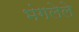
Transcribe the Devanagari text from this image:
भंगलेले